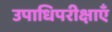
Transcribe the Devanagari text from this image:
उपाधिपरीक्षाएँ